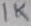
Text: 1K